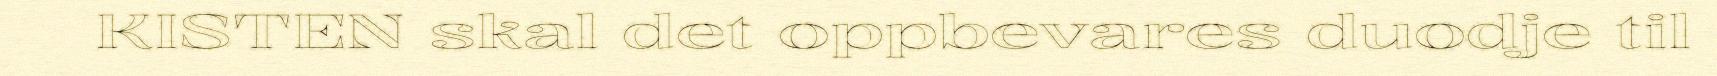
KISTEN skal det oppbevares duodje til